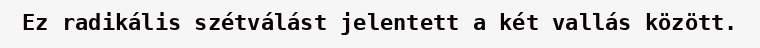
Ez radikális szétválást jelentett a két vallás között.